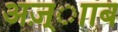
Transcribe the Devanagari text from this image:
अज़्ााब